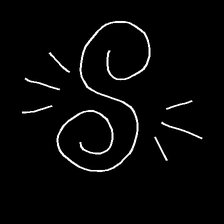
Glyph: wind-directs-air